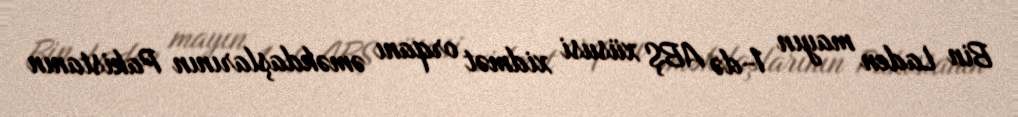
Bin Laden mayın 1-də ABŞ xüsusi xidmət orqanı əməkdaşlarının Pakistanın